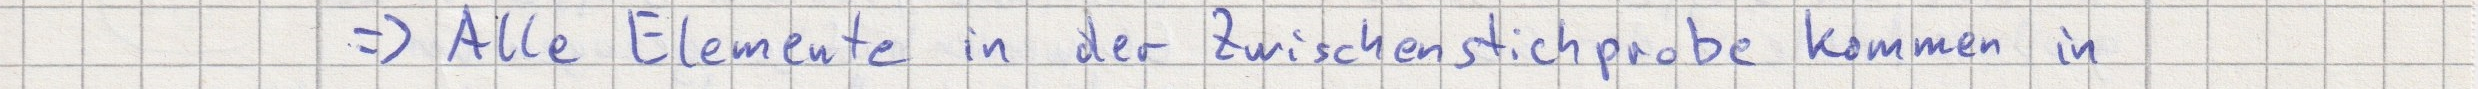
=> Alle Elemente in der Zwischenstichprobe kommen in